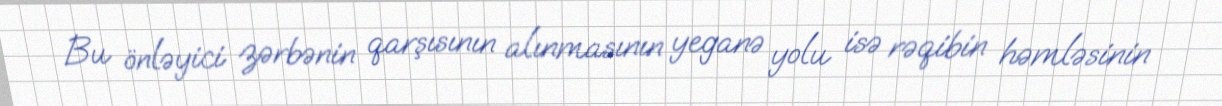
Bu önləyici zərbənin qarşısının alınmasının yeganə yolu isə rəqibin həmləsinin